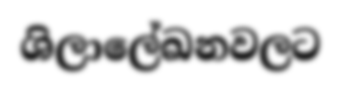
ශිලාලේඛනවලට